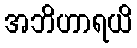
အဘိဟာရယိ